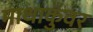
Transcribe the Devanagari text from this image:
माथाकुँवर